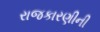
રાજકારણીની